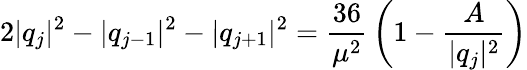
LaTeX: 2|q_{j}|^{2}-|q_{j-1}|^{2}-|q_{j+1}|^{2}={\frac{36}{\mu^{2}}}\left(1-{\frac{A}{|q_{j}|^{2}}}\right)